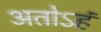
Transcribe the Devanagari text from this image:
अतोऽहं